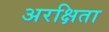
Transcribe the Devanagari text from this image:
अरक्षिता